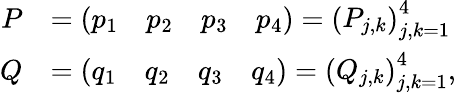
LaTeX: \begin{array}{rl}{P}&{=\left(\begin{array}{llll}{p_{1}}&{p_{2}}&{p_{3}}&{p_{4}}\end{array}\right)=\left(\begin{array}{l}{P_{j,k}}\end{array}\right)_{j,k=1}^{4}}\\ {Q}&{=\left(\begin{array}{llll}{q_{1}}&{q_{2}}&{q_{3}}&{q_{4}}\end{array}\right)=\left(\begin{array}{l}{Q_{j,k}}\end{array}\right)_{j,k=1}^{4},}\end{array}